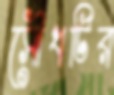
সৌধটির